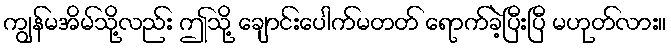
ကျွန်မအိမ်သို့လည်း ဤသို့ ချောင်းပေါက်မတတ် ရောက်ခဲ့ပြီးပြီ မဟုတ်လား။